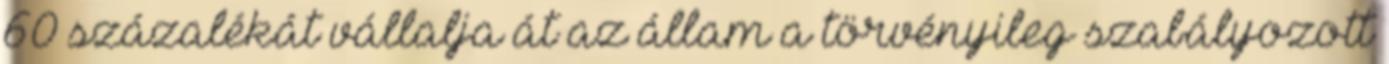
60 százalékát vállalja át az állam a törvényileg szabályozott